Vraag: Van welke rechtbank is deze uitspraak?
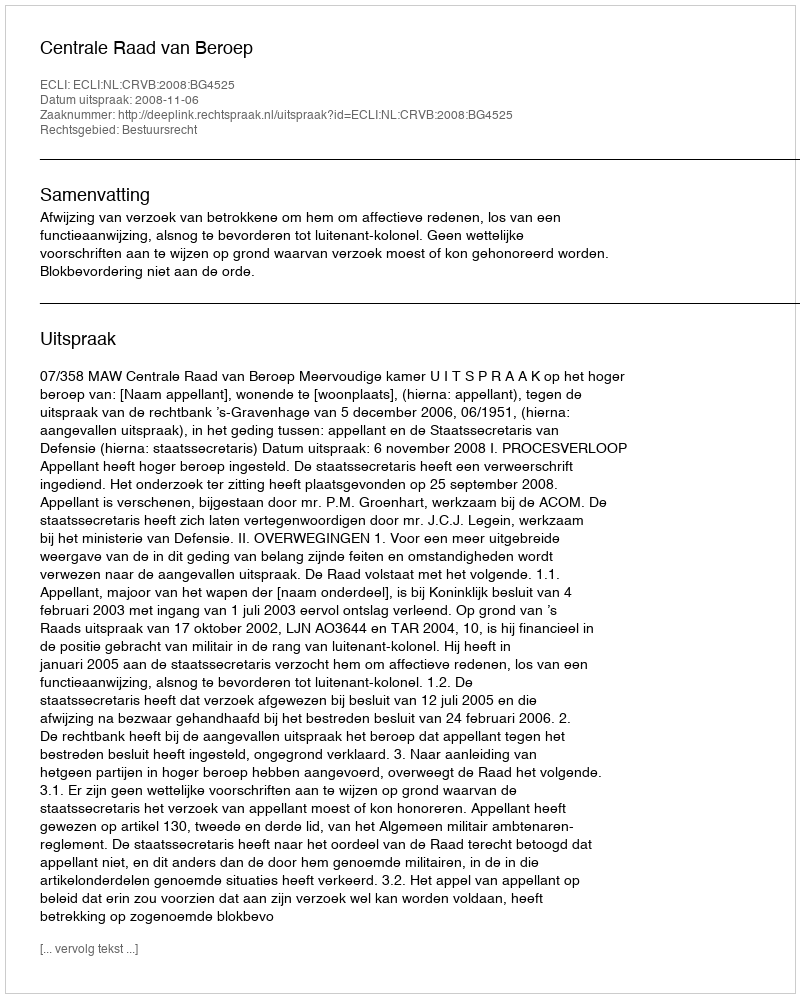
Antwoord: Centrale Raad van Beroep